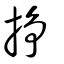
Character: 掙